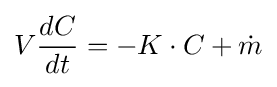
V{\frac {dC}{dt}}=-K\cdot C+{\dot {m}}